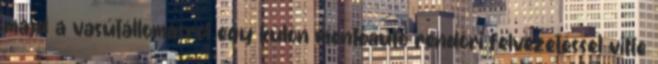
majd a vasútállomásról egy külön mentőautó rendőri felvezetéssel vitte